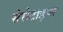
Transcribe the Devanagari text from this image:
सेरोटाइप्स